Annual vaccination report of Bihar and Orissa - 1911-1928
Year: 1911
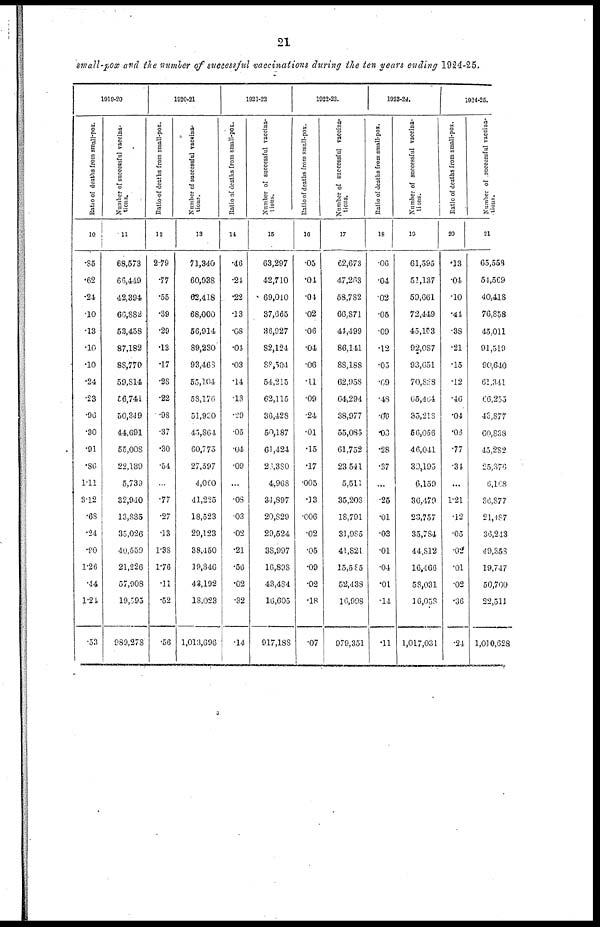
21
small-pox and the number of successful vaccinations during the ten years ending 1924-25.
1919-20
Ratio of deaths from small-pox.
10
.85
.62
.24
.10
.13
.10
.10
.24
.23
.96
.30
.91
.86
1.11
3.12
.68
.24
.90
1.26
.44
1.24
.53
Number of successful vaccina-
tions.
11
68,573
66,449
42,394
60,882
53,458
87,182
88,770
59,814
56,741
50,349
44,691
55,008
22,139
5,739
32,940
13,835
35,026
40,559
21,226
57,908
19,595
989,278
1920-21
Ratio of deaths from small-pox.
12
2.79
.77
.55
.39
.29
.13
.17
.28
.22
.98
.37
.30
.54
...
.77
.27
.13
1.38
1.76
.11
.52
.56
Number of successful vaccina-
tions.
13
71,340
60,938
62,418
68,000
56,914
89,230
93,468
55,104
58,176
51,930
45,864
60,775
27,597
4,060
41,225
18,523
29,123
38,450
19,346
43,192
18,023
1,013,696
1921-22
Ratio of deaths from small-pox.
14
.46
.24
.22
.13
.08
.04
.03
.14
.13
.20
.05
.04
.09
...
.08
.03
.02
.21
.56
.02
.32
.14
Number of successful vaccina-
-----.
15
63,297
42,710
69,010
37,665
36,927
82,124
88,504
54,215
62,115
36,428
50,187
61,424
21,380
4,968
34,897
20,829
29,524
38,997
16,898
43,484
16,605
917,188
1922-23.
Ratio
of deaths from small-pox.
16
.05
.01
.04
.02
.06
.04
.06
.11
.09
.24
.01
.15
.17
.005
.33
.006
.02
.05
.09
.02
.18
.07
Number of successful vaccina-
tions.
17
62,673
47,263
58,782
66,871
41,499
86,141
88,188
62,958
64,294
38,977
55,085
61,752
23,541
5,511
35,208
18,791
31,985
41,821
15,585
52,438
16,998
979,351
1923-24.
Ratio of deaths from small-pox.
18
.06
.04
.02
.05
.09
.12
.05
.69
.43
.06
.03
.28
.37
...
.25
.01
.03
.01
.04
.01
.14
.11
Number of successful vaccina¬
tions.
19
61,595
51,137
59,661
72,449
45,103
92,087
93,651
70,828
65,464
35,218
56,056
46,041
30,195
6,159
36,479
23,757
35,784
44,812
16,460
58,031
16,058
1,017,031
1924-25.
Ratio of deaths from small-pox.
20
.13
.04
.10
.44
.38
.21
.15
.12
.46
.04
.06
.77
.34
...
1.21
.12
.05
.02
.01
.02
.36
.24
Number of successful vaccina¬
tions.
21
65,553
54,569
40,418
76,858
45,011
91,519
90,640
61,341
66,255
43,877
60,838
45,282
25,376
6,168
36,877
21,487
36,243
49,358
19,747
50,700
22,511
1,010,628